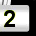
Digit: 2